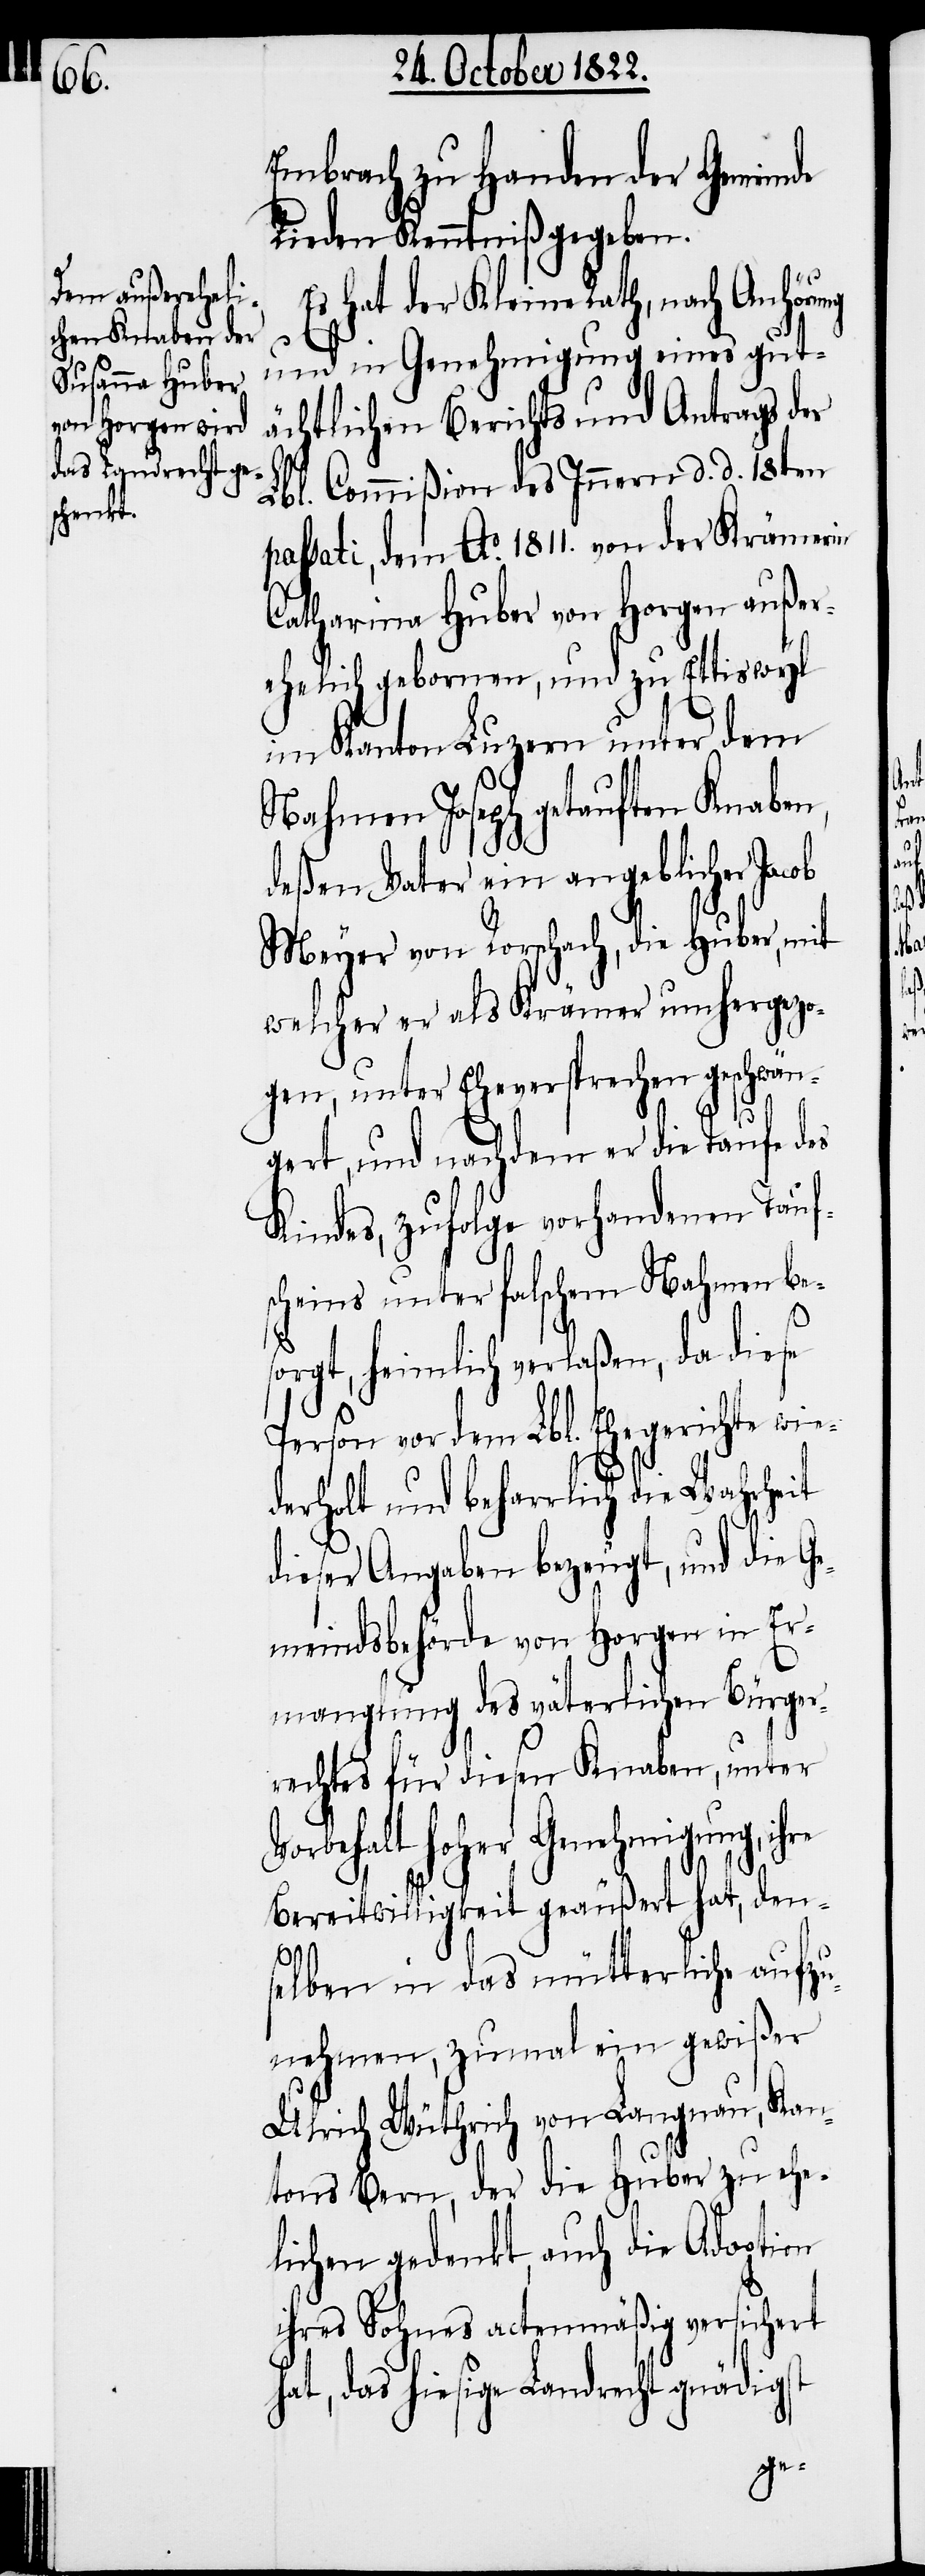
re

Embrach zu Handen der Gemeinde
Rieden Kenntniß gegeben.
Es hat der Kleine Rath, nach Anhöru¬
und in Genehmigung eines gut¬
ächtlichen Berichts und Antrags der
Lbl. Commißion des Innern d. d. 18ten
passati, dem Ao. 1811. von der Krämerin
Catharina Huber von Horgen außer¬
ehelich gebornen, und zu Ettiswyl
im Kanton Luzern unter dem
Nahmen Joseph getauften Knaben,
deßen Vater ein angeblicher Jacob
Meyer von Rorschach, die Huber, mit
welcher er als Krämer umhergezo¬
gen, unter Eheversprechen geschwän¬
gert, und nachdem er die Taufe des
Kindes, zufolge vorhandenen Tauf¬
scheins unter falschem Nahmen be¬
sorgt, heimlich verlaßen, da diese
Person vor dem Lbl. Ehegerichte wi¬
derholt und beharrlich die Wahrheit
dieser Angaben bezeugt, und die Ge¬
meindsbehörde von Horgen in Er¬
manglung des väterlichen Bürger¬
rechtes für diesen Knaben, unter
Vorbehalt hoher Genehmigung, ih¬
Bereitwilligkeit geäußert hat, den¬
selben in das mütterliche aufzu¬
nehmen, zumal ein gewißer
Ulrich Wüthrich von Langnau, Kan¬
tons Bern, der die Huber zu ehe¬
lichen gedenkt, auch die Adoption
ihres Sohnes actenmäßig versichert
hat, das hiesige Landrecht gnädigst